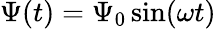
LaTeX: \Psi(t)=\Psi_{0}\sin(\omega t)